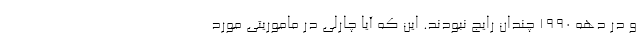
و در دهه 1990 چندان رایج نبودند. این که آیا چارلی در ماموریتی مورد